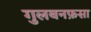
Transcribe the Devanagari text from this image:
गुलबनफ़सा